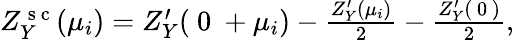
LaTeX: \begin{array}{r}{Z_{Y}^{\mathrm{~s~c~}}({\mu_{i}})=Z_{Y}^{\prime}({\mathrm{~0~}+\mu_{i}})-\frac{Z_{Y}^{\prime}({\mu_{i}})}{2}-\frac{Z_{Y}^{\prime}({\mathrm{~0~}})}{2},}\end{array}